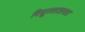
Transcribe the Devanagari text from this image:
विद्युल्लतापात